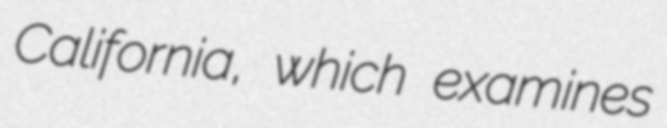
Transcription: California, which examines